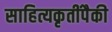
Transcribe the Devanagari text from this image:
साहित्यकृतींपैकी